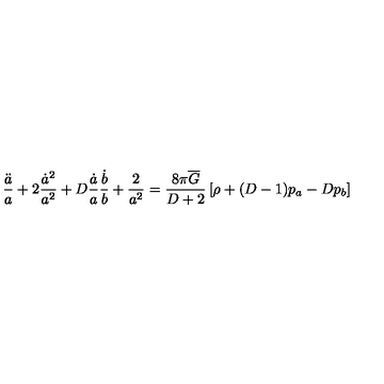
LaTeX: \frac { \ddot { a } } { a } + 2 \frac { \dot { a } ^ { 2 } } { a ^ { 2 } } + D \frac { \dot { a } } { a } \frac { \dot { b } } { b } + \frac { 2 } { a ^ { 2 } } = \frac { 8 \pi \overline { { G } } } { D + 2 } \left[ \rho + ( D - 1 ) p _ { a } - D p _ { b } \right]